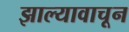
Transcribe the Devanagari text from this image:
झाल्यावाचून